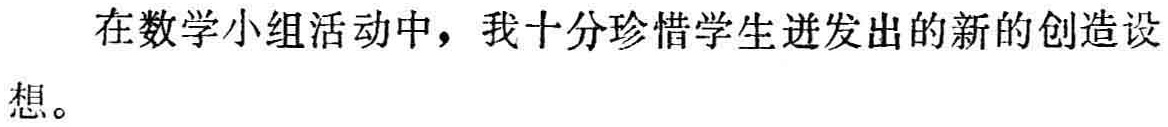
在数学小组活动中，我十分珍惜学生迸发出的新的创造设想。